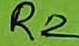
Text: R2